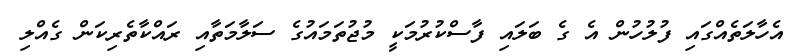
އެހާލަތެއްގައި ފުލުހުން އެ ގެ ބަލައި ފާސްކުރުމަކީ މުޖުތަމައުގެ ސަލާމަތާއި ރައްކާތެރިކަން ގެއްލި